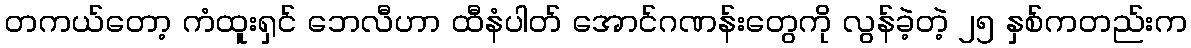
တကယ်တော့ ကံထူးရှင် ဘေလီဟာ ထီနံပါတ် အောင်ဂဏန်းတွေကို လွန်ခဲ့တဲ့ ၂၅ နှစ်ကတည်းက